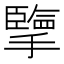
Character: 擥